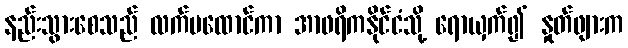
နည်းသွားစေသည် လက်မထောင်ကာ အာဖရိကနိုင်ငံသို့ ရောယှက်၍ နှုတ်ဖျားက